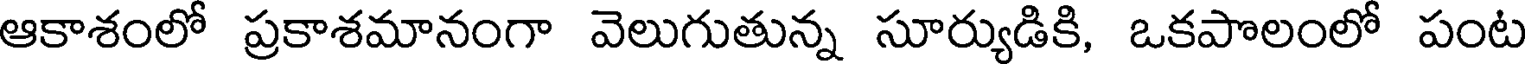
ఆకాశంలో ప్రకాశమానంగా వెలుగుతున్న సూర్యుడికి, ఒకపొలంలో పంట